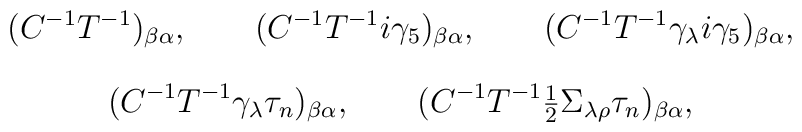
(C^{-1} T^{-1})_{\beta \alpha },\qquad(C^{-1} T^{-1}i \gamma_5 )_{\beta \alpha } , \qquad(C^{-1} T^{-1} \gamma_\lambda i \gamma_5 )_{\beta \alpha },\] \[(C^{-1} T^{-1} \gamma_{\lambda}\tau_n)_{\beta \alpha }, \qquad(C^{-1} T^{-1} {\mbox{\small$\frac12$}} \Sigma_{\lambda \rho}\tau_n )_{\beta \alpha},